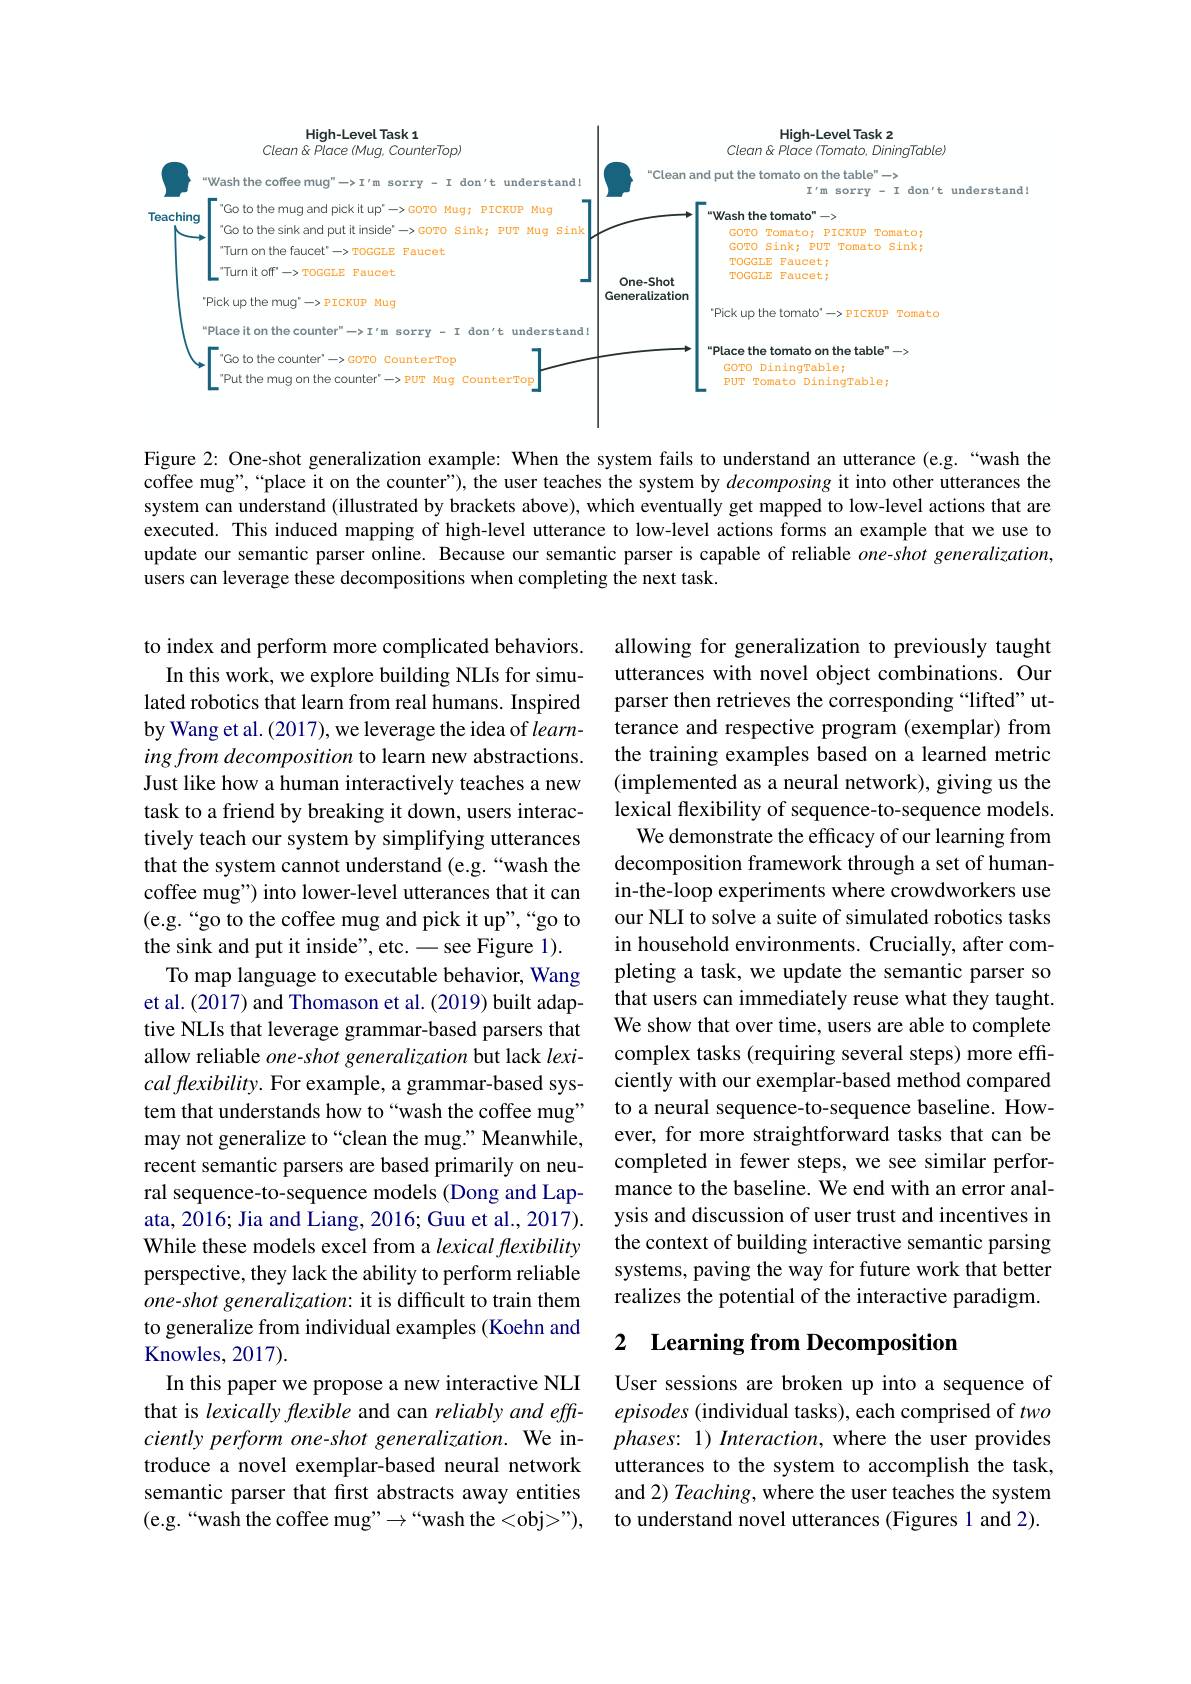
<FigureHere>

Figure 2: One-shot generalization example: When the system fails to understand an utterance (e.g.“wash the coffee mug",“place it on the counter”), the user teaches the system by decomposing it into other utterances the system can understand (illustrated by brackets above), which eventually get mapped to low-level actions that are executed. This induced mapping of high-level utterance to low-level actions forms an example that we use to update our semantic parser online. Because our semantic parser is capable of reliable $one-shot$ generalization, users can leverage these decompositions when completing the next task.

allowing for generalization to previously taught utterances with novel object combinations. Our parser then retrieves the corresponding “lifted”utterance and respective program (exemplar) from the training examples based on a learned metric (implemented as a neural network), giving us the lexical flexibility of sequence-to-sequence models.
We demonstrate the efficacy of our learning from decomposition framework through a set of humanin-the-loop experiments where crowdworkers use our NLI to solve a suite of simulated robotics tasks in household environments. Crucially, after completing a task, we update the semantic parser so that users can immediately reuse what they taught. We show that over time, users are able to complete complex tasks (requiring several steps) more effciently with our exemplar-based method compared to a neural sequence-to-sequence baseline. However, for more straightforward tasks that can be completed in fewer steps, we see similar performance to the baseline. We end with an error analysis and discussion of user trust and incentives in the context of building interactive semantic parsing systems, paving the way for future work that better realizes the potential of the interactive paradigm.

to index and perform more complicated behaviors.
In this work, we explore building NLIs for simulated robotics that learn from real humans. Inspired by Wang et al. (2017), we leverage the idea of learning from decomposition to learn new abstractions. Just like how a human interactively teaches a new task to a friend by breaking it down, users interactively teach our system by simplifying utterances that the system cannot understand (e.g. “wash the coffee mug") into lower-level utterances that it can (e.g.“go to the coffee mug and pick it up",“go to the sink and put it inside", etc. - see Figure 1).
To map language to executable behavior, Wang et al. (2017) and Thomason et al. (2019) built adaptive NLIs that leverage grammar-based parsers that allow reliable $one-shot$ generalization but lack lexi- $cal\textit{flexibility. For example, a grammar- based sys- }$ tem that understands how to“wash the coffee mug” may not generalize to“clean the mug.”Meanwhile, recent semantic parsers are based primarily on neural sequence-to-sequence models (Dong and Lapata, 2016; Jia and Liang, 2016; Guu et al., 2017). While these models excel from a lexical flexibility perspective, they lack the ability to perform reliable one-shot generalization: it is difficult to train them to generalize from individual examples (Koehn and Knowles, 2017).
In this paper we propose a new interactive NLI that is lexically flexible and can reliably and effciently perform one-shot generalization. We introduce a novel exemplar-based neural network semantic parser that first abstracts away entities (e.g.“wash the coffee mug”$\to``$wash the<obj>"),

# 2 Learning from Decomposition

User sessions are broken up into a sequence of episodes (individual tasks), each comprised of two phases: 1) Interaction, where the user provides utterances to the system to accomplish the task, and 2) Teaching, where the user teaches the system to understand novel utterances (Figures 1 and 2).